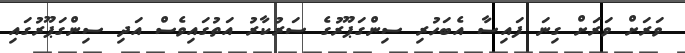
ވަރަށް ވަރަށް ގިނަ ފައިސާ އެބަހުރި ސިންގަޕޫރުގެ ސަރުކާރު އަތުގައިވެސް އަދި ސިންގަޕޫރުގައި